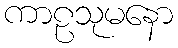
ကာဠသုမနော